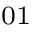
_ { 0 1 }